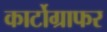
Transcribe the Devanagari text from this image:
कार्टोग्राफर